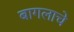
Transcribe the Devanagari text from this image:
बागलाचे